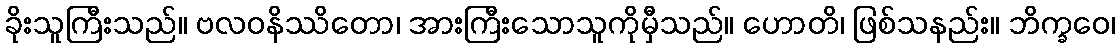
ခိုးသူကြီးသည်။ ဗလဝနိဿိတော၊ အားကြီးသောသူကိုမှီသည်။ ဟောတိ၊ ဖြစ်သနည်း။ ဘိက္ခဝေ၊